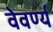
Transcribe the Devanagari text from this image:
वेवर्ण्य